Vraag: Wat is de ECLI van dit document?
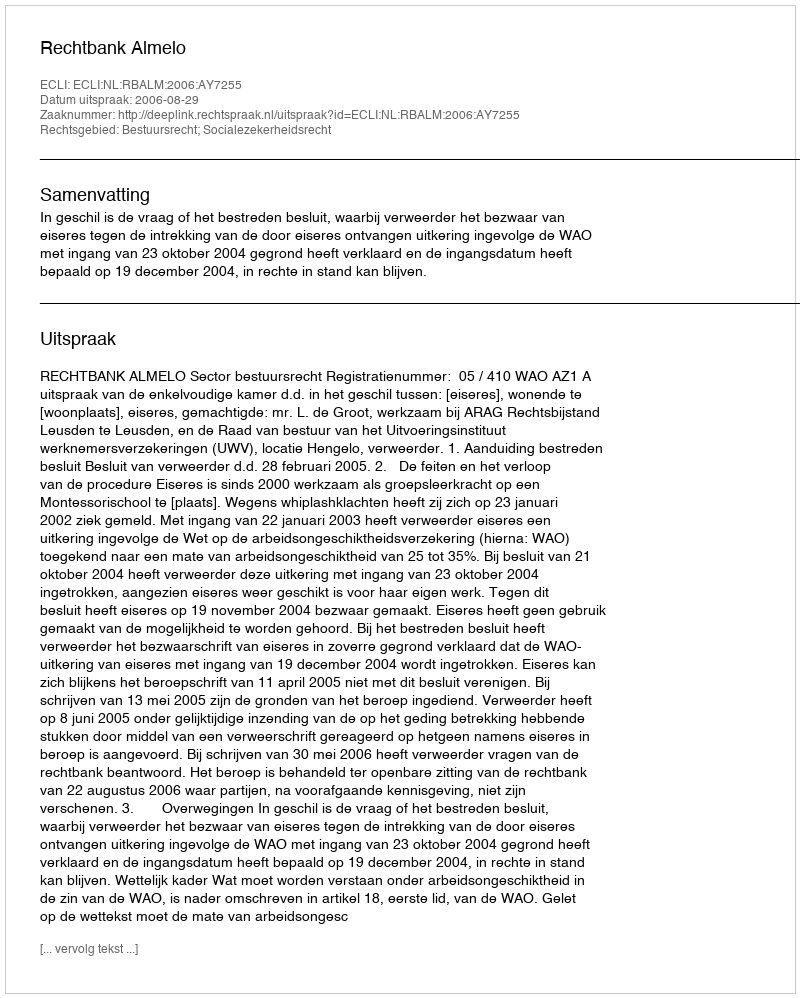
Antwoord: ECLI:NL:RBALM:2006:AY7255